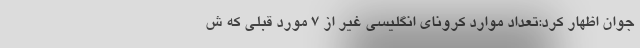
جوان اظهار کرد:تعداد موارد کرونای انگلیسی غیر از ۷ مورد قبلی که ش